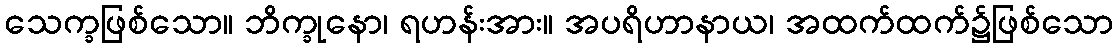
သေက္ခဖြစ်သော။ ဘိက္ခုနော၊ ရဟန်းအား။ အပရိဟာနာယ၊ အထက်ထက်၌ဖြစ်သော